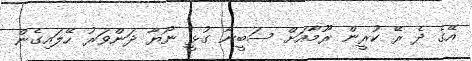
އޭގެ ދެ ރޭ ކުރީން ރޫމާއަށް ސަބީނާ ގުޅީ ނޯޔާ ދަންވަރު ހޭލައިގެން